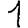
Digit: 1